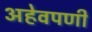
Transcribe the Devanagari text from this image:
अहेवपणी